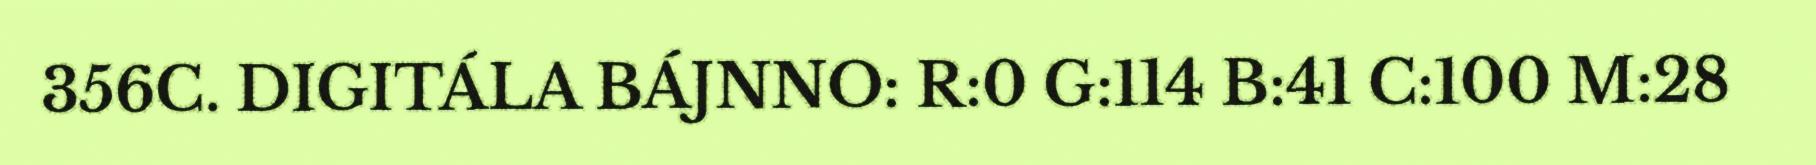
356C. DIGITÁLA BÁJNNO: R:0 G:114 B:41 C:100 M:28